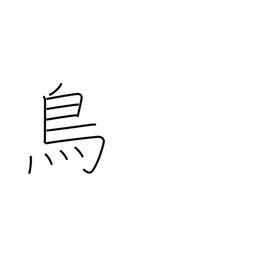
Meaning: chicken